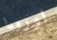
اوروبا